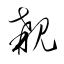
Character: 覯